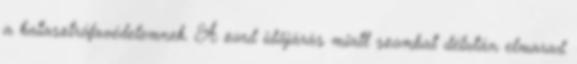
a katasztrófavédelemnek. A zord időjárás miatt szombat délután elmarad